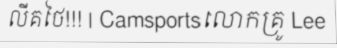
លីគថៃ!!! | Camsportsលោកគ្រូ Lee